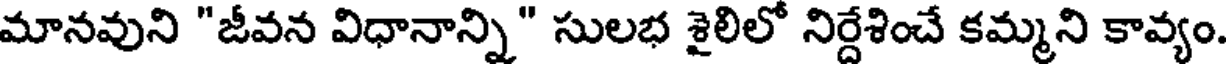
మానవుని "జీవన విధానాన్ని" సులభ శైలిలో నిర్దేశించే కమ్మని కావ్యం.